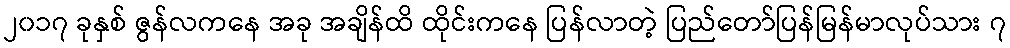
၂၀၁၇ ခုနှစ် ဇွန်လကနေ အခု အချိန်ထိ ထိုင်းကနေ ပြန်လာတဲ့ ပြည်တော်ပြန်မြန်မာလုပ်သား ၇